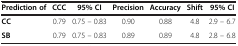
<table><thead><tr><td><b>Prediction of</b></td><td><b>CCC</b></td><td><b>95% CI</b></td><td><b>Precision</b></td><td><b>Accuracy</b></td><td><b>Shift</b></td><td><b>95% CI</b></td></tr></thead><tbody><tr><td><b>CC</b></td><td>0.79</td><td>0.75 – 0.83</td><td>0.90</td><td>0.88</td><td>4.8</td><td>2.9 – 6.7</td></tr><tr><td><b>SB</b></td><td>0.79</td><td>0.75 – 0.83</td><td>0.89</td><td>0.89</td><td>4.8</td><td>2.8 – 6.8</td></tr></tbody></table>